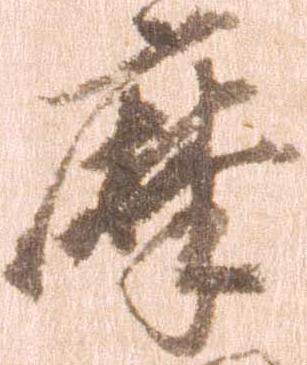
摩